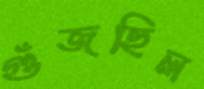
গুঁজছিল